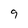
Character: 9